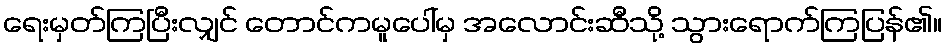
ရေးမှတ်ကြပြီးလျှင် တောင်ကမူပေါ်မှ အလောင်းဆီသို့ သွားရောက်ကြပြန်၏။